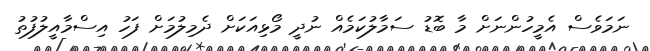
ނަމަވެސް އެމީހުންނަށް މާ ބޮޑު ސަމާލުކަމެއް ނުދީ މޯޅިއަކަށް ދެމިލުމަށް ފަހު އިސްމާއީލުފުތު